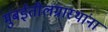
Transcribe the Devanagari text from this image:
मुंबईतीलग्रास्‍थांना